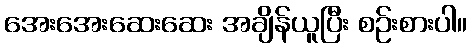
အေးအေးဆေးဆေး အချိန်ယူပြီး စဉ်းစားပါ။